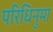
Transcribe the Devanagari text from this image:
परिधिनुमा